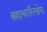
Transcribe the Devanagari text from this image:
ब्रह्मचारिलोग